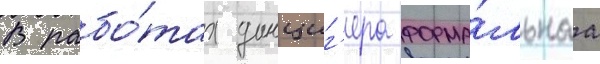
В рабо́тах данциг'ера форма́льнаа